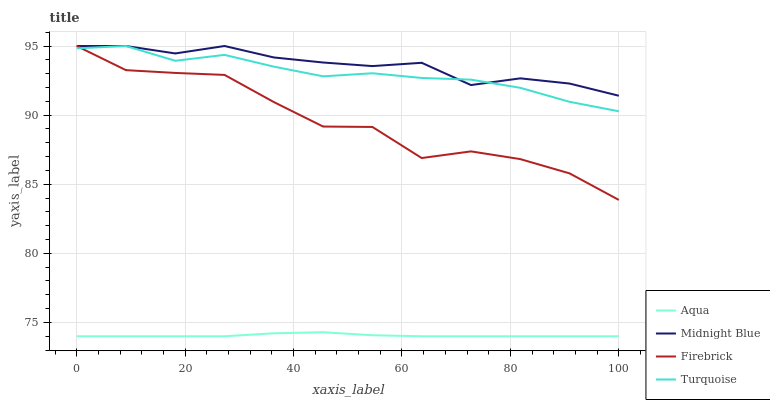
| xaxis_label | Aqua | Midnight Blue | Firebrick | Turquoise |
 | --- | --- | --- | --- | --- |
 | 0 | 74 | 95 | 95 | 94.8 |
 | 9.09 | 74 | 95 | 93.3 | 95 |
 | 18.2 | 74 | 94.5 | 93.1 | 93.9 |
 | 27.3 | 74 | 95 | 92.9 | 94.4 |
 | 36.4 | 74.2 | 94.2 | 90.9 | 93.5 |
 | 45.5 | 74.3 | 93.8 | 89.2 | 92.8 |
 | 54.5 | 74.1 | 93.5 | 89.1 | 93 |
 | 63.6 | 74 | 93.8 | 86.9 | 92.7 |
 | 72.7 | 74 | 92.2 | 87.4 | 92.6 |
 | 81.8 | 74 | 92.7 | 86.8 | 92 |
 | 90.9 | 74 | 92.3 | 85.8 | 91 |
 | 100 | 74 | 91.4 | 83.9 | 90.3 |